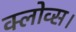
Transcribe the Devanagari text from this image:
क्लोव्स।